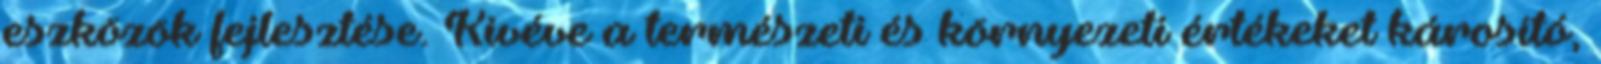
eszközök fejlesztése. Kivéve a természeti és környezeti értékeket károsító,